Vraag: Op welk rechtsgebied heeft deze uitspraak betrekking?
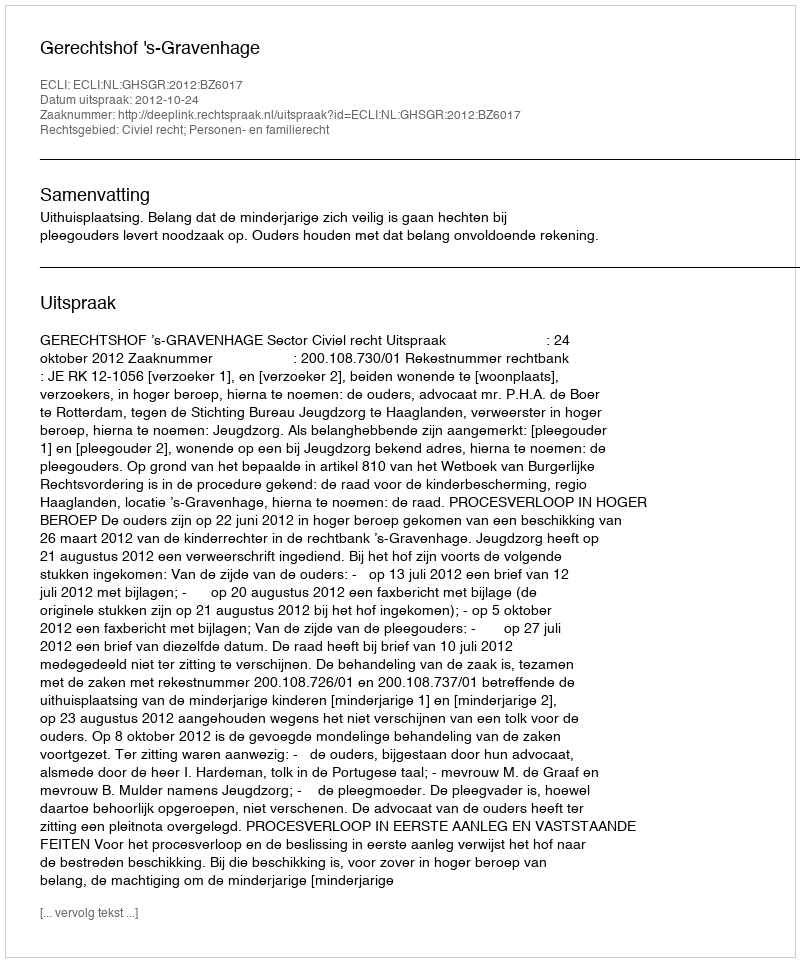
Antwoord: Civiel recht; Personen- en familierecht